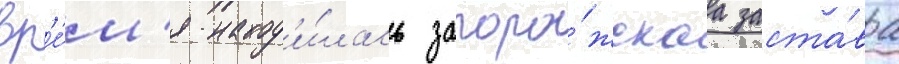
вр'е́м'я наход'и́лась запоро́жскаа заста́ва